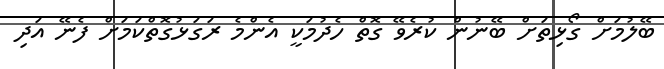
ބޭލުމަށް ގޯޅިތަށް ބޭނުން ކުރެވޭ ގޮތް ހެދުމަކީ އެންމެ ރަގަޅުގޮތްކަމަށް ފެނޭ އަދި